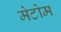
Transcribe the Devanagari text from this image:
मेटोम